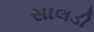
સાલડી